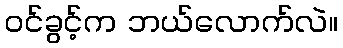
ဝင်ခွင့်က ဘယ်လောက်လဲ။